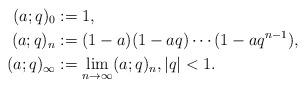
LaTeX: \begin{align*}(a;q)_0&:=1,\\(a;q)_n&:=(1-a)(1-aq)\cdots (1-aq^{n-1}) ,\\(a;q)_{\infty}&:=\lim_{n\to \infty} (a;q)_n, |q|<1.\end{align*}